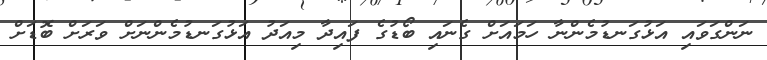
ނަންގަވައި އަޅުގަނޑުމެންނާ ހަމައަށް ގެނައި ބޯޑުގެ ފައިދާ މިއަދު އަޅުގަނޑުމެންނަށް ވަރަށް ބޮޑަށް